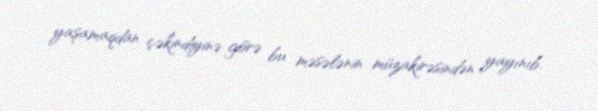
yaşamaqdan çəkindiyinə görə bu məsələnin müzakirəsindən yayınıb.